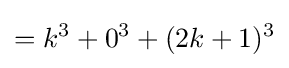
=k^{3}+0^{3}+(2k+1)^{3}